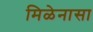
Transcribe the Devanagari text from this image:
मिळेनासा